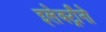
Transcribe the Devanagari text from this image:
इलेक्ट्राँनो